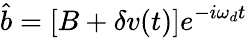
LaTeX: \hat{b}=[B+\delta v(t)]e^{-i\omega_{d}t}